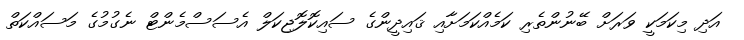
އަދި މިކަމަކީ ވަރަށް ބޭނުންތެރި ކަމެއްކަމަށާއި ޤައިދީންގެ ސައިކޮލޮޖިކަލް އެސަސްމެންޓް ނެގުމުގެ މަސައްކަތް